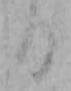
る